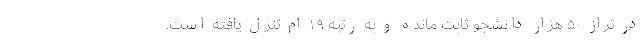
در تراز ۵۰ هزار دانشجو ثابت مانده و به رتبه ۱۹ ام تنزل یافته است.